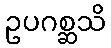
ဥပဂစ္ဆသိ